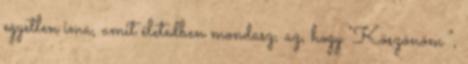
egyetlen ima, amit éle­tedben mondasz, az, hogy "Köszönöm ",